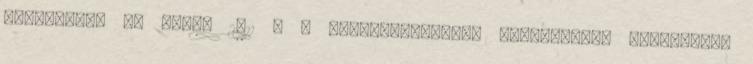
Fleischman és Buss, 2011 . A párválasztással kapcsolatos szülő-utód